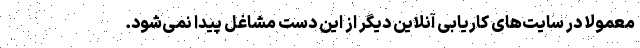
معمولا در سایت‌های کاریابی آنلاین دیگر از این دست مشاغل پیدا نمی‌شود.